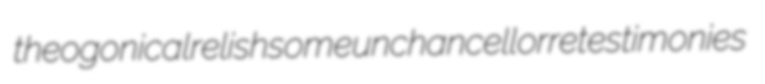
theogonical relishsome unchancellor retestimonies